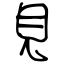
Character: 見